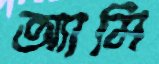
অ্যামি